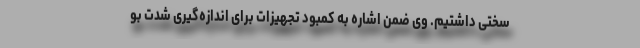
سختی داشتیم. وی ضمن اشاره به کمبود تجهیزات برای اندازه‌گیری شدت بو